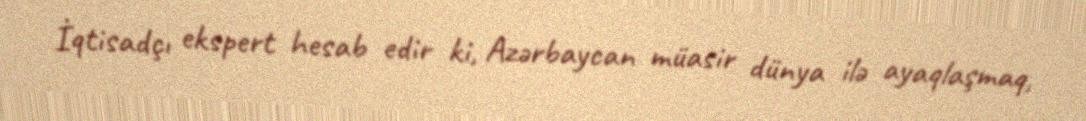
İqtisadçı ekspert hesab edir ki, Azərbaycan müasir dünya ilə ayaqlaşmaq,